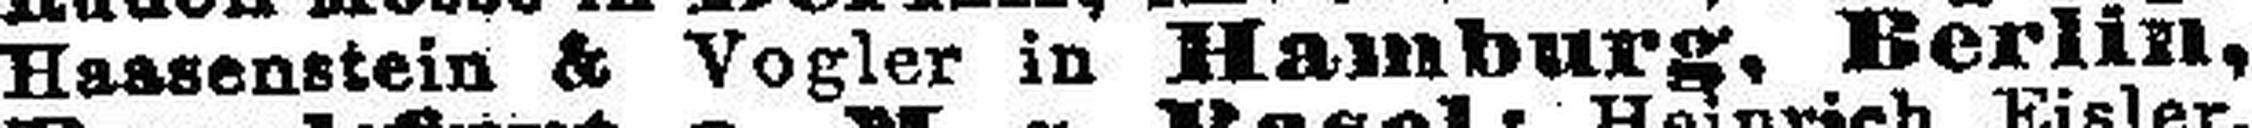
Haasenstein & Vogler in Hamburg, Berlin,